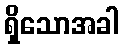
ရှိသောအခါ